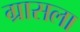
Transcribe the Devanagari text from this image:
ग्रासला